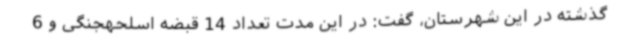
گذشته در این شهرستان، گفت: در این مدت تعداد 14 قبضه اسلحهجنگی و 6